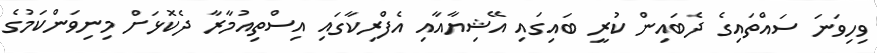
ވިހިވަނަ ސައްތައިގެ ދެބައިން ކުރީ ބައިގައި އޭޝިޔާއާއި އެފްރިކާގައި އިސްތިއުމާރާ ދެކޮޅަށް މިނިވަންކަމުގެ